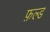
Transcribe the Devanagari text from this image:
फ़ल्ड